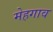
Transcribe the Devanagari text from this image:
मेहगाव